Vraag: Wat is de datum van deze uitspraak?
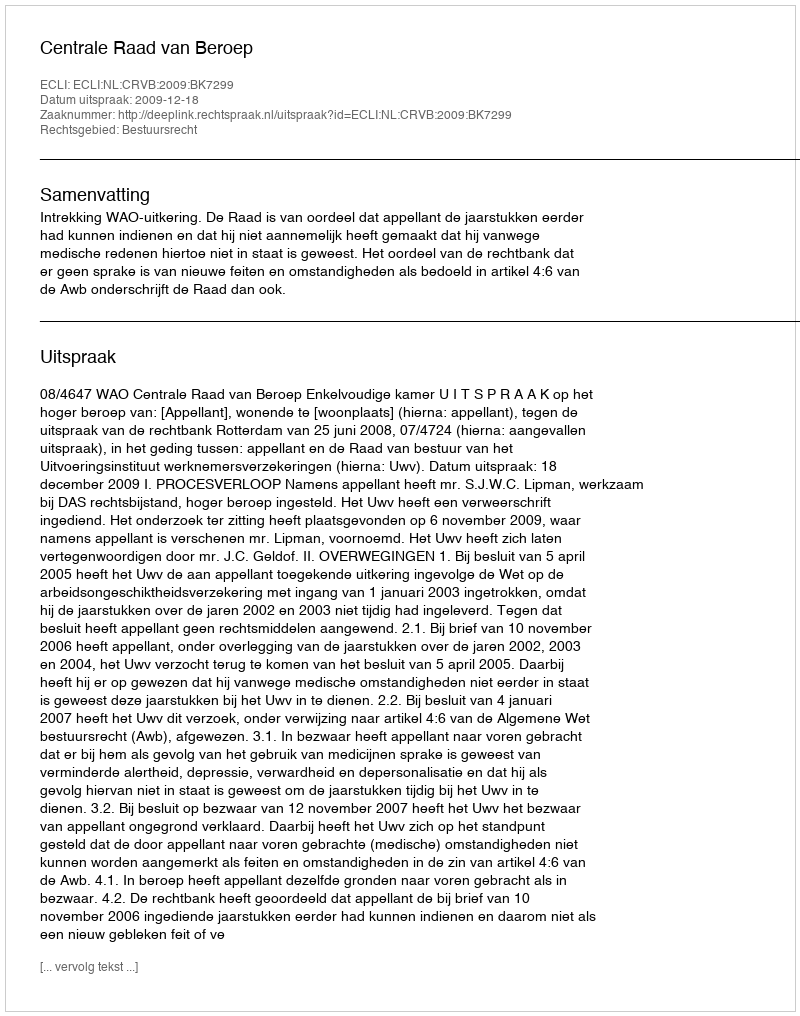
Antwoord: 2009-12-18